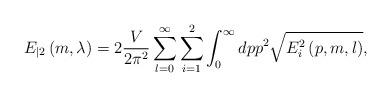
LaTeX: \begin{align*}E_{|2}\left( m,\lambda \right) =2\frac V{2\pi ^2}\sum_{l=0}^\infty\sum_{i=1}^2\int_0^\infty dpp^2\sqrt{E_i^2\left( p,m,l\right) },\end{align*}